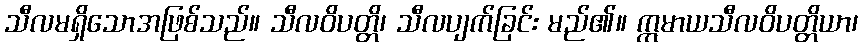
သီလမရှိသောအဖြစ်သည်။ သီလဝိပတ္တိ၊ သီလပျက်ခြင်း မည်၏။ ဣမာယသီလဝိပတ္တိယာ၊